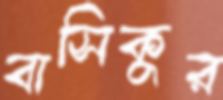
বাসিকুর